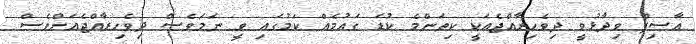
އާސިފް ވިދާޅުވީ ދިވެހިރާއްޖެއަކީ ކިތަންމެ ކުޑަ ގައުމެއް ކަމުގައި ވީ ނަމަަވެސް ދިވެހިރާއްޖެއަށްވެސް